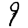
Digit: 9